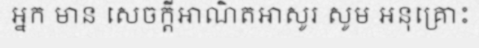
អ្នក មាន សេចក្តីអាណិតអាសូរ សូម អនុគ្រោះ